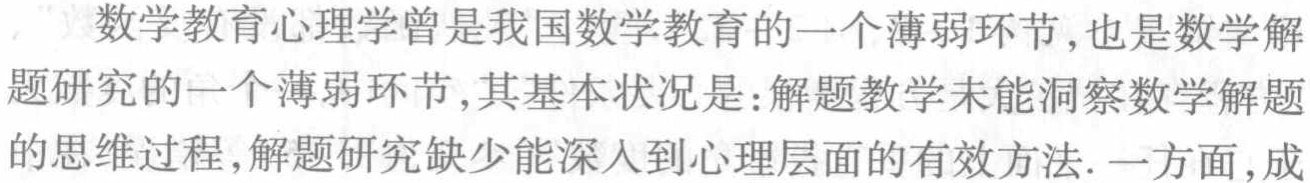
数学教育心理学曾是我国数学教育的一个薄弱环节,也是数学解

题研究的一个薄弱环节,其基本状况是:解题教学未能洞察数学解题

的思维过程,解题研究缺少能深入到心理层面的有效方法. 一方面,成